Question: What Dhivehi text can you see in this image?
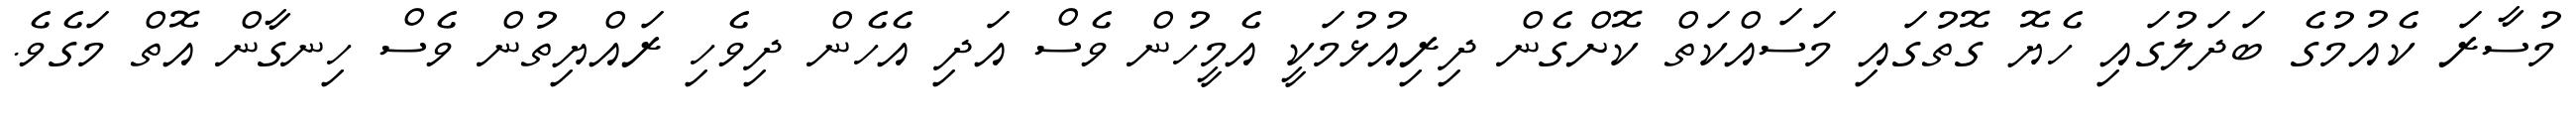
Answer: މުސާރަ ކެއުމުގެ ބަދަލުގައި ހެޔޮ ގޮތުގައި މަސައްކަތް ކޮށްގެން ދިރިއުޅުމަކީ އެމީހުން ވެސް އަދި އެހެން ދިވެހި ރައްޔިތުން ވެސް ހިނގާން އޮތް މަގެވެ.